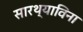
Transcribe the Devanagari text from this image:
सारथ्याविना